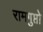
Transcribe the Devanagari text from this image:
रामगुप्तो